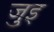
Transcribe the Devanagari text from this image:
जुइ